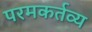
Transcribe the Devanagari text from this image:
परमकर्तव्य